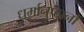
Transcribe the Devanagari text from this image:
धर्मानुष्ठानों